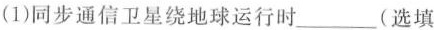
(1)同步通信卫星绕地球运行时___(选填